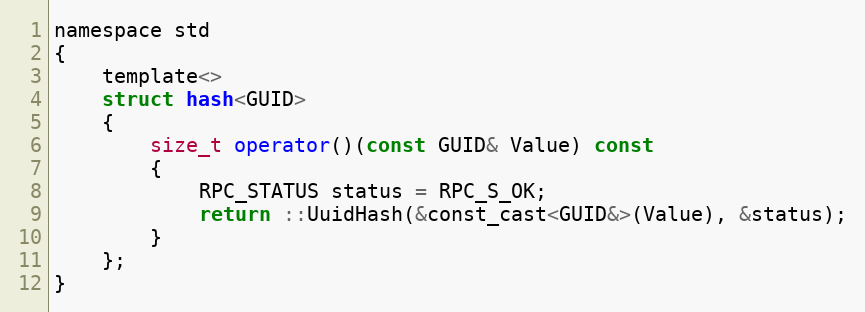
Language: C
namespace std
{
    template<>
    struct hash<GUID>
    {
        size_t operator()(const GUID& Value) const
        {
            RPC_STATUS status = RPC_S_OK;
            return ::UuidHash(&const_cast<GUID&>(Value), &status);
        }
    };
}